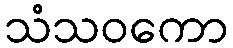
သံသဝကော